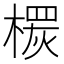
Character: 𣙠